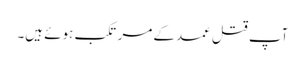
آپ قتل عمد کے مرتکب ہوئے ہیں۔